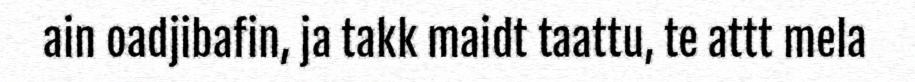
ain oadjibafin, ja takk maidt taattu, te attt mela